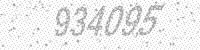
Solution: 934095